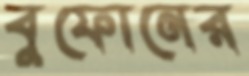
বুফোনের